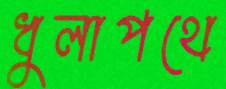
ধুলাপথে